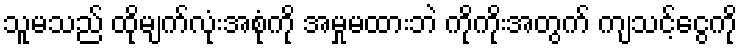
သူမသည် ထိုမျက်လုံးအစုံကို အမှုမထားဘဲ ကိုကိုးအတွက် ကျသင့်ငွေကို